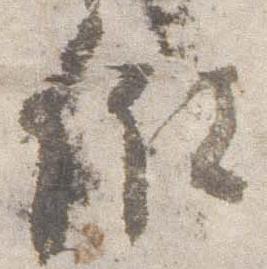
儲